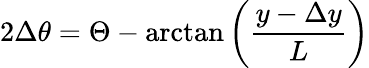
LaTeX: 2\Delta\theta=\Theta-\arctan\left(\frac{y-\Delta y}{L}\right)